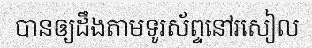
បានឲ្យដឹងតាមទូរស័ព្ទនៅរសៀល